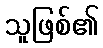
သူဖြစ်၏